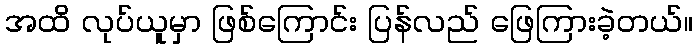
အထိ လုပ်ယူမှာ ဖြစ်ကြောင်း ပြန်လည် ဖြေကြားခဲ့တယ်။